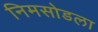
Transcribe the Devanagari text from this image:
निमसोडला